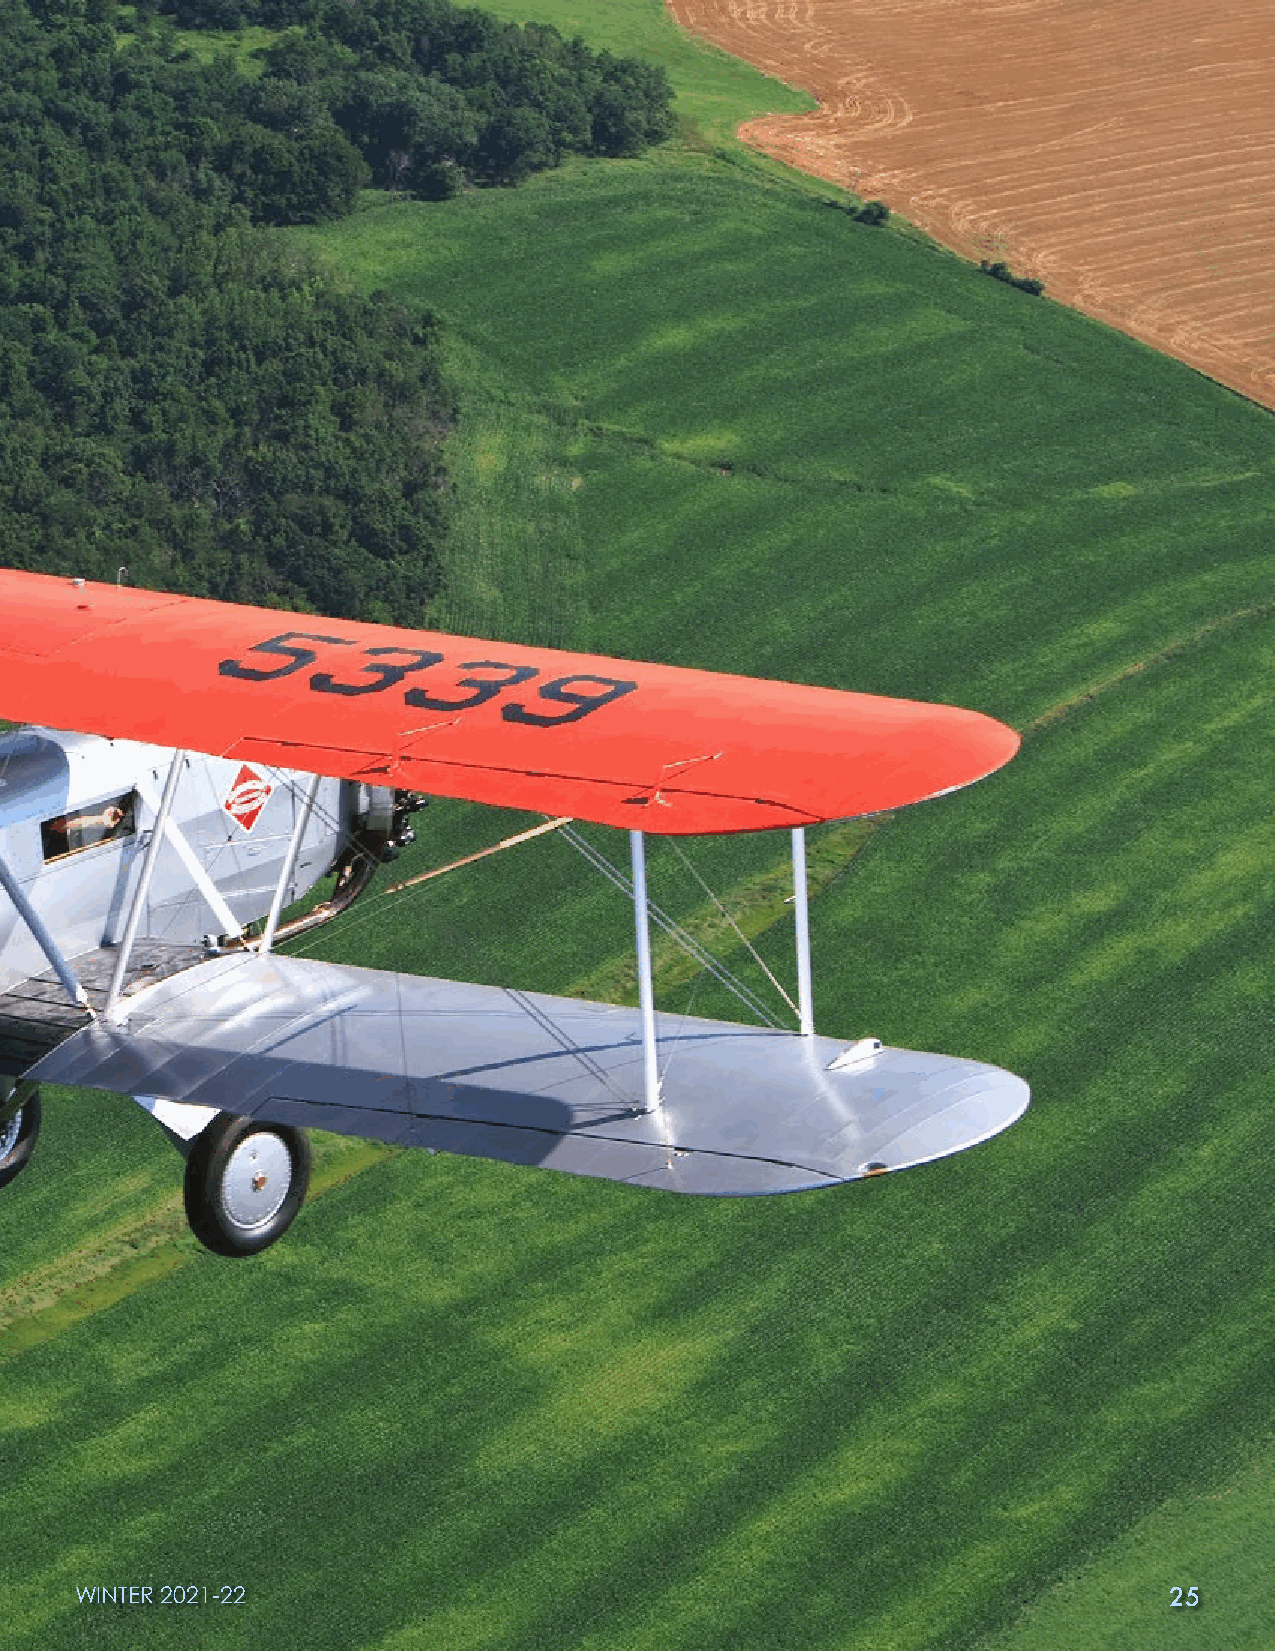
WWIINNTTEERR 22002211--2222                                             2255